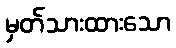
မှတ်သားထားသော